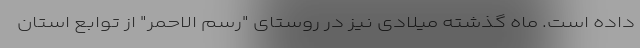
داده است. ماه گذشته میلادی نیز در روستای "رسم الاحمر" از توابع استان